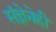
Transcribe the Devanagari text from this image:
संज्ञेनेही